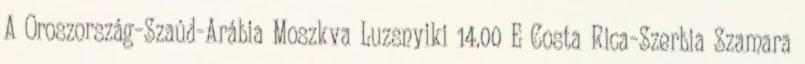
A Oroszország–Szaúd-Arábia Moszkva Luzsnyiki 14.00 E Costa Rica–Szerbia Szamara